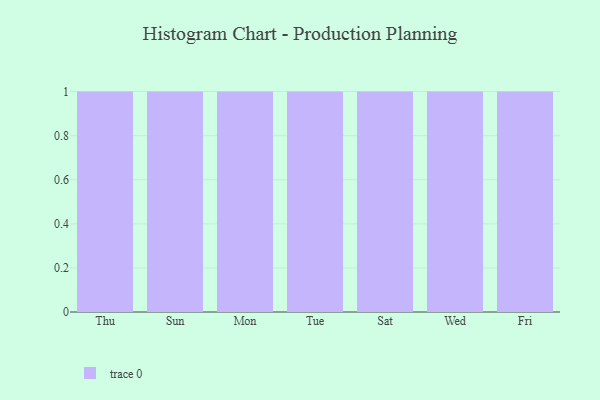
{"axis": {"x": "Day", "y": "Shipments"}, "legend": [""], "data": [{"x": "Thu", "y": 16, "type": ""}, {"x": "Sun", "y": 68, "type": ""}, {"x": "Mon", "y": 25, "type": ""}, {"x": "Tue", "y": 79, "type": ""}, {"x": "Sat", "y": 8, "type": ""}, {"x": "Wed", "y": 2, "type": ""}, {"x": "Fri", "y": 100, "type": ""}]}